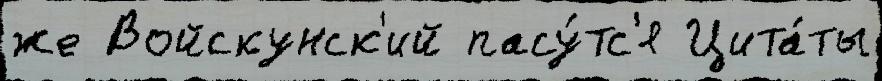
же Войскунск'ий пасу́тс'я Цита́ты